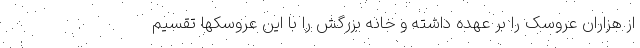
از هزاران عروسک را بر عهده داشته و خانه بزرگش را با این عروسکها تقسیم